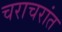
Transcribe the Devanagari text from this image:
चराचरांत